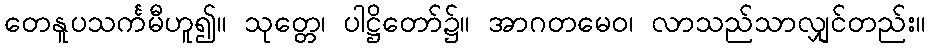
တေနူပသင်္ကမီဟူ၍။ သုတ္တေ၊ ပါဋ္ဌိတော်၌။ အာဂတမေဝ၊ လာသည်သာလျှင်တည်း။